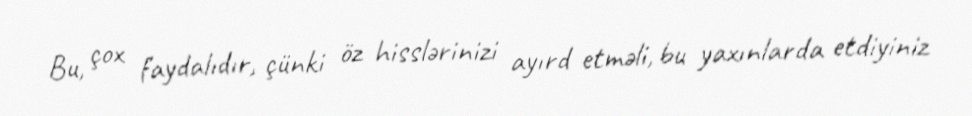
Bu, çox faydalıdır, çünki öz hisslərinizi ayırd etməli, bu yaxınlarda etdiyiniz